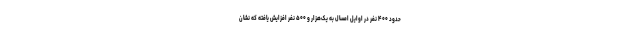
حدود ۴۰۰ نفر در اوایل امسال به یک‌هزار و ۵۰۰ نفر افزایش یافته که نشان